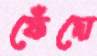
ফেঁদো